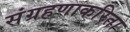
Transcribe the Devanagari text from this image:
संग्रहणाकरिता